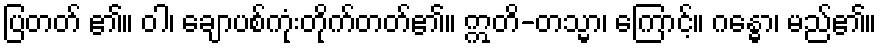
ပြတတ် ၏။ ဝါ၊ ချောပစ်ကုံးတိုက်တတ်၏။ ဣတိ-တသ္မာ၊ ကြောင့်။ ဂန္ဓော၊ မည်၏။